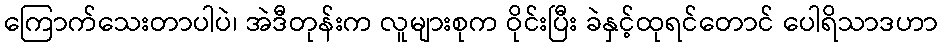
ကြောက်သေးတာပါပဲ၊ အဲဒီတုန်းက လူများစုက ဝိုင်းပြီး ခဲနှင့်ထုရင်တောင် ပေါရိသာဒဟာ